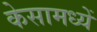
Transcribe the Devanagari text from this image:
केसामध्यें